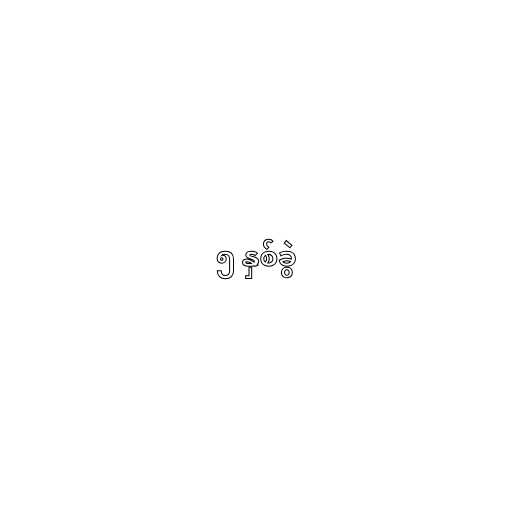
၅ နှစ်ခွဲ